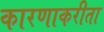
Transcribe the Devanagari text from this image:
कारणाकरीता